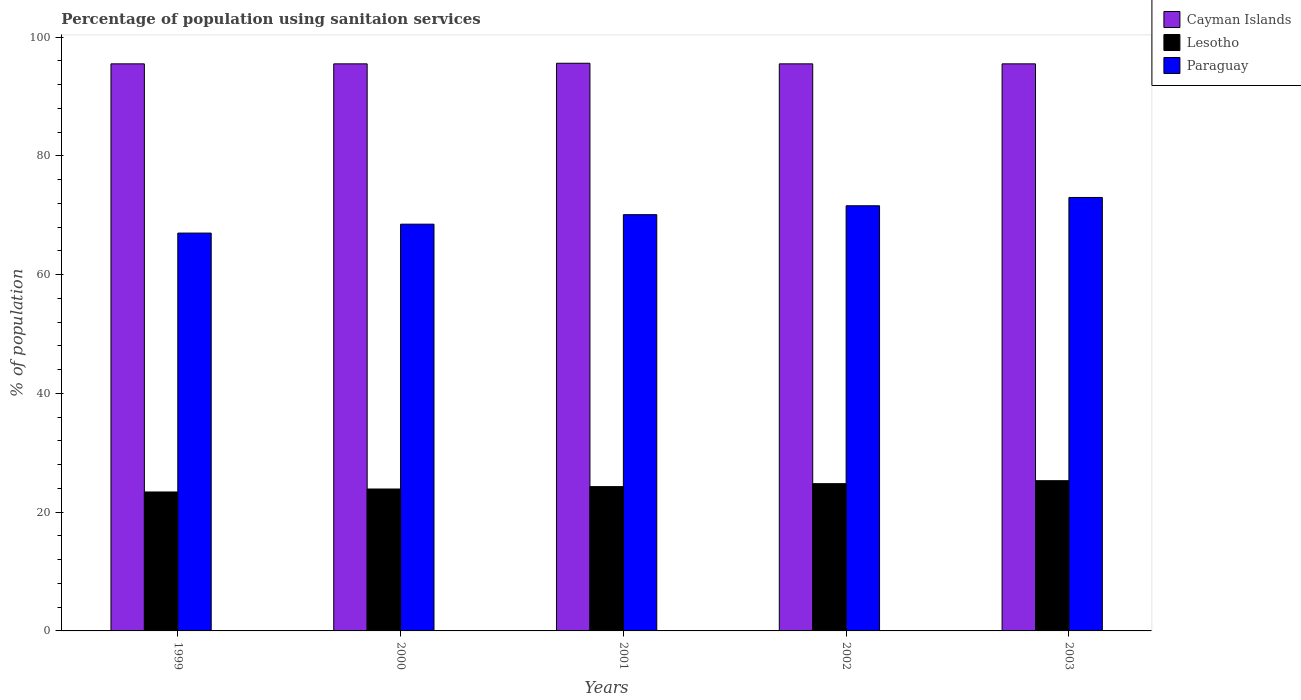
| Years | Cayman Islands | Lesotho | Paraguay |
 | --- | --- | --- | --- |
 | 1999 | 95.5 | 23.4 | 67 |
 | 2000 | 95.5 | 23.9 | 68.5 |
 | 2001 | 95.6 | 24.3 | 70.1 |
 | 2002 | 95.5 | 24.8 | 71.6 |
 | 2003 | 95.5 | 25.3 | 73 |